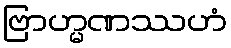
ဗြာဟ္မဏဿဟံ